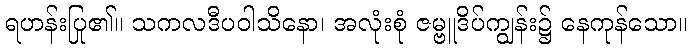
ရဟန်းပြု၏။ သကလဒီပဝါသိနော၊ အလုံးစုံ ဇမ္ဗူဒိပ်ကျွန်း၌ နေကုန်သော။